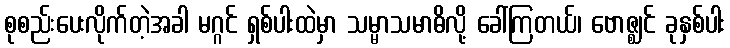
စုစည်းပေးလိုက်တဲ့အခါ မဂ္ဂင် ရှစ်ပါးထဲမှာ သမ္မာသမာဓိလို့ ခေါ်ကြတယ်၊ ဗောဇ္ဈင် ခုနှစ်ပါး